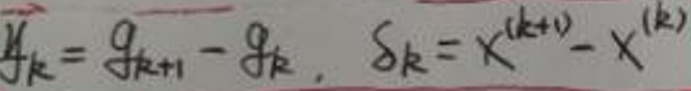
$y_k = g_{k + 1} - g_k,\ \delta_k = x^{(k + 1)} - x^{(k)}$